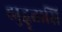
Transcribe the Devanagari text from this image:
ह्युद्धृतासि